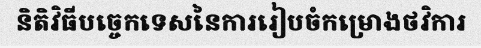
និតិវិធីបច្ចេកទេសនៃការរៀបចំកម្រោងថវិការ